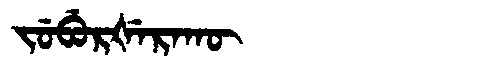
Manchu: ᠵᡠᠪᡠᡵᡧᡝᡵᠠᡴᡡ
Romanization: JUBURŠERAKŪ